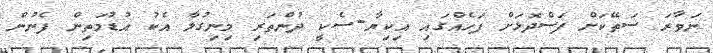
ނަވާރަ ސަތޭކަށް ފަސްދޮޅަށް ފަހެއްގައި އިކިޔާ-ސެކީ ދުންތަރި މިނިގުލާ އެކު އުޑުމަތިން ފެނުން